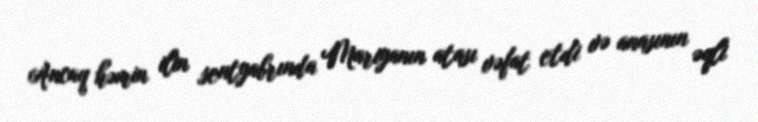
Ancaq həmin ilin sentyabrında Mariyanın atası vəfat etdi və anasının əqli